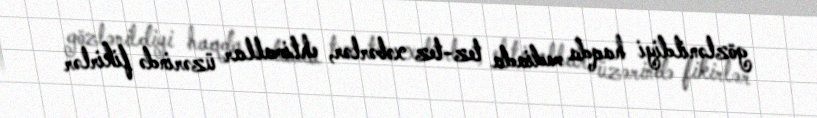
gözlənildiyi haqda mediada tez-tez xəbərlər, ehtimallar üzərində fikirlər